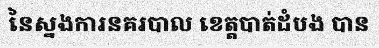
នៃស្នងការនគរបាល ខេត្តបាត់ដំបង បាន